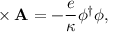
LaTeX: { \bf \nabla } \times { \bf A } = - \frac { e } { \kappa } \phi ^ { \dagger } \phi ,